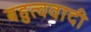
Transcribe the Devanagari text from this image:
बहुत्ववादी